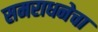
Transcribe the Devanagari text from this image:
समराधनेचा